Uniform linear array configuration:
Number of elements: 12
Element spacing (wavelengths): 0.25
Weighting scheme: kaiser
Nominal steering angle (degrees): -30
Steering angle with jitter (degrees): -29.126
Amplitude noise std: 0.05
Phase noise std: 0.05

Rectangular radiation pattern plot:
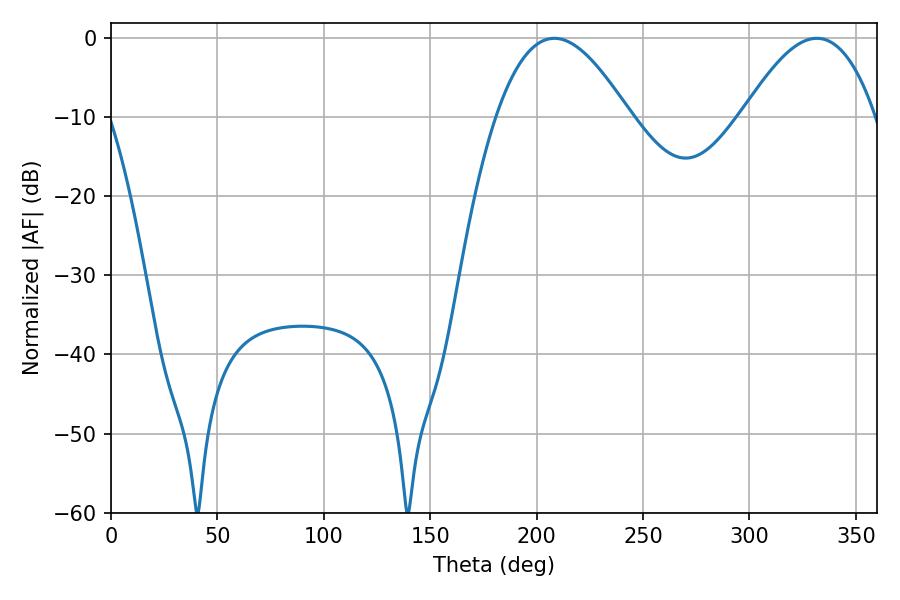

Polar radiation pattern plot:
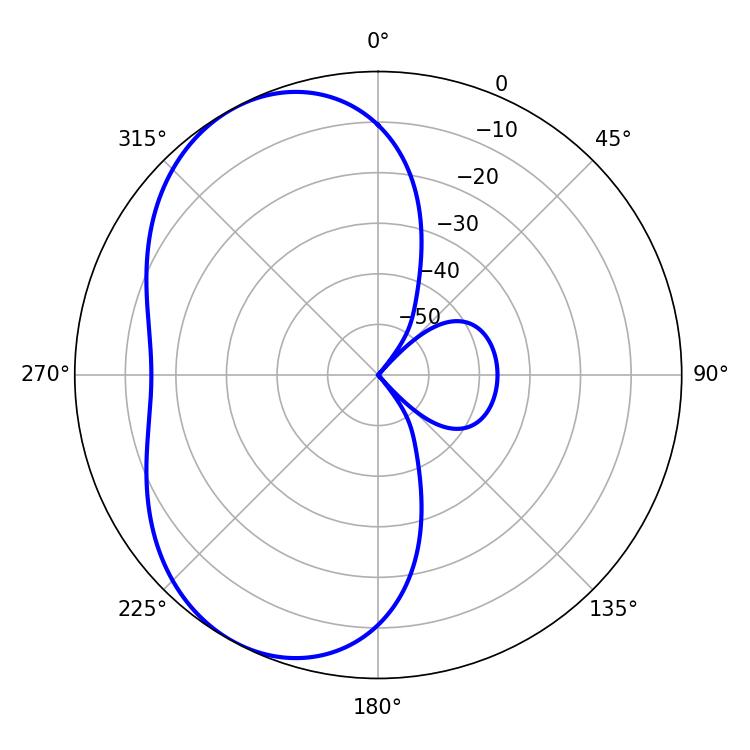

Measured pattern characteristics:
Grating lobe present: FALSE
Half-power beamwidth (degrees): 34.02
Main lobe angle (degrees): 208.26